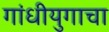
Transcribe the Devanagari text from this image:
गांधीयुगाचा